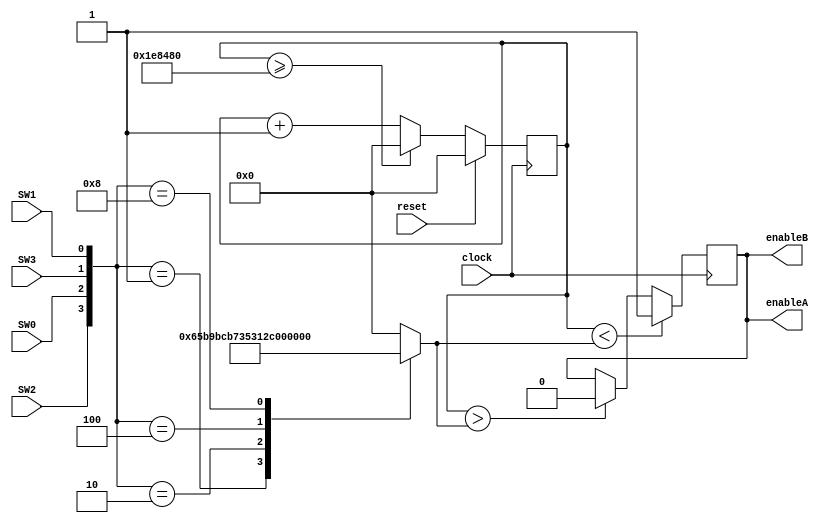
`timescale 1ns / 1ps
//////////////////////////////////////////////////////////////////////////////////
// Company: 
// Engineer: 
// 
// Design Name: 
// Module Name: Nano_PWM
// Project Name: 
// Target Devices: 
// Tool Versions: 
// Description: 
// 
// Dependencies: 
// 
// Revision:
// Revision 0.01 - File Created
// Additional Comments:
// 
//////////////////////////////////////////////////////////////////////////////////


module Nano_PWM(
    input clock,
	input reset,
	input SW0,SW1,SW2,SW3,

	output enableA, enableB
    );
    reg temp_PWM;
	reg [19:0] counter;
	reg [19:0] speed;
	
	initial begin
			//speed and direction
            counter = 0;
			speed =0;
			temp_PWM = 0;
        end
        
     always@(posedge clock) begin
			if(reset)
                counter <= 0;
            else if (counter >= 2000000)
            counter <= 0;
            else
                counter <= counter + 1;
			if(counter < speed)
                temp_PWM <= 1;
            else if (counter > speed)
            temp_PWM <= 0;
            
                
       end
       
       always @ (*) begin
			
			case({SW2,SW0,SW3,SW1})
            4'b0001: speed = 416667; // 25%
            4'b0010: speed = 833333; // 50% 
            4'b0100: speed = 1250000; // 75%
            4'b1000: speed = 1666667; // 100%
            default : speed= 0;
            endcase
        end
        
        
    assign enableA = temp_PWM;
	assign enableB = temp_PWM;
endmodule